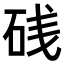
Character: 𥒎